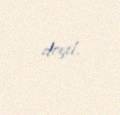
deyil.